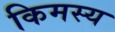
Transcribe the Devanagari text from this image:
किमस्य